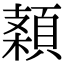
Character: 𩓠